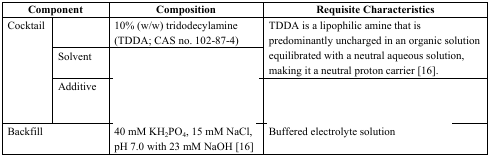
<table><thead><tr><td colspan="2"><b>Component</b></td><td><b>Composition</b></td><td><b>Requisite Characteristics</b></td></tr></thead><tbody><tr><td rowspan="3">Cocktail</td><td>[EMPTY_CELL]</td><td>10% (w/w) tridodecylamine (TDDA; CAS no. 102-87-4)</td><td rowspan="2">TDDA is a lipophilic amine that is predominantly uncharged in an organic solution equilibrated with a neutral aqueous solution, making it a neutral proton carrier [16].</td></tr><tr><td>Solvent</td><td>[EMPTY_CELL]</td></tr><tr><td>Additive</td><td>[EMPTY_CELL]</td><td>[EMPTY_CELL]</td></tr><tr><td colspan="2">Backfill</td><td>40 mM KH<sub>2</sub>PO<sub>4</sub>, 15 mM NaCl, pH 7.0 with 23 mM NaOH [16]</td><td>Buffered electrolyte solution</td></tr></tbody></table>